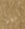
اليوم